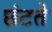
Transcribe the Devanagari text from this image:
छंटते